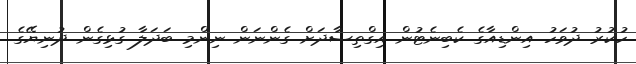
ހުކުރު ދުވަހު އިންޑިއާގެ ކެބިނެޓުން އިގްތިސާދަށް ގެންނަން ނިންމި ބަދަލާ ގުޅިގެން ދުނިޔޭގެ